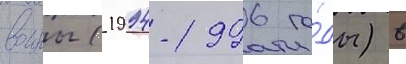
воины (1994-1996 го́ды) в